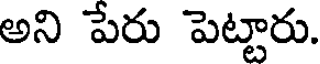
అని పేరు పెట్టారు.